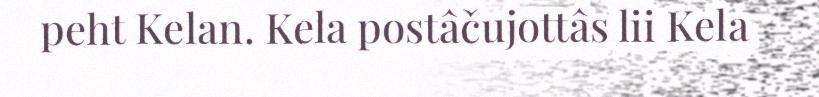
peht Kelan. Kela postâčujottâs lii Kela